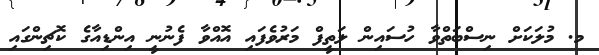
މ. މުލަކަށް ނިސްބަތްވާ ހުސައިން ލަތީފް މަރުވެފައި އޮއްވާ ފެނުނީ އިންޑިއާގެ ކޮޗިންގައި